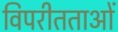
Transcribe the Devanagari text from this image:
विपरीतताओं